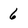
Character: 6